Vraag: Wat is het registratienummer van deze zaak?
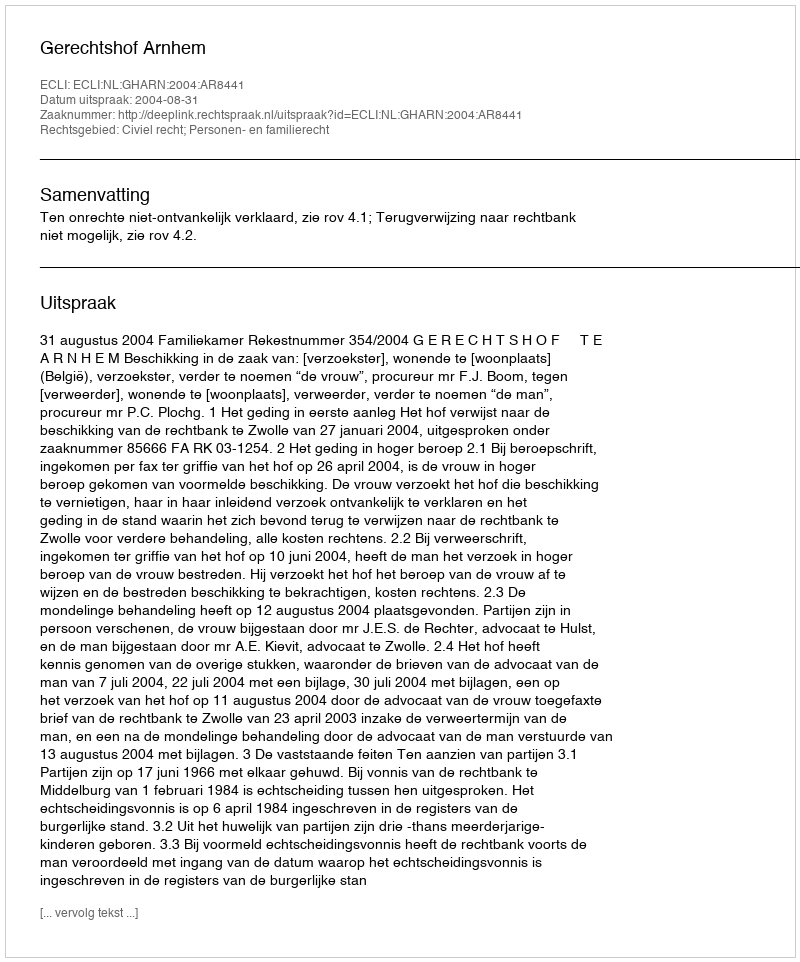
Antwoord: http://deeplink.rechtspraak.nl/uitspraak?id=ECLI:NL:GHARN:2004:AR8441